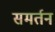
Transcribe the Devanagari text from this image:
समर्तन